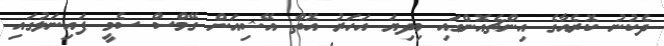
ދެކުނު ކޮރެއާގެ އިންޗެއޮންގައި މިދިޔަ އަހަރު އޮތް އޭޝިއަން ގޭމްސް ސެމީ ފައިނަލުގައި